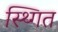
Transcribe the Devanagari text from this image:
स्थ्गित